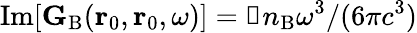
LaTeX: \mathrm{Im}[{\mathbf G}_{\mathrm{B}}(\mathbf{r}_{0},\mathbf{r}_{0},\omega)]={\mathbb{1}}n_{\mathrm{B}}\omega^{3}/(6\pi c^{3})